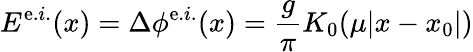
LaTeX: E^{\mathrm{e}.i.}(x)=\Delta\phi^{\mathrm{e}.i.}(x)=\frac{{g}}{{\pi}}K_{0}(\mu|x-x_{0}|)